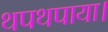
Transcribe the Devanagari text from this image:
थपथपाया।